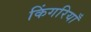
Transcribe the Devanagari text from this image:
किंगरियाँ